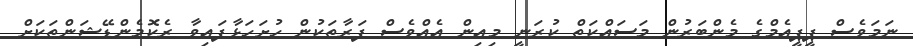
ނަމަވެސް ޕީޕީއެމްގެ މެންބަރުން މަސައްކަތް ކުރަނީ މިއިން އެއްވެސް ފަރާތަކުން ހުށަހަޅާފައިވާ ރެކޮމެންޑޭޝަންތަކަށް